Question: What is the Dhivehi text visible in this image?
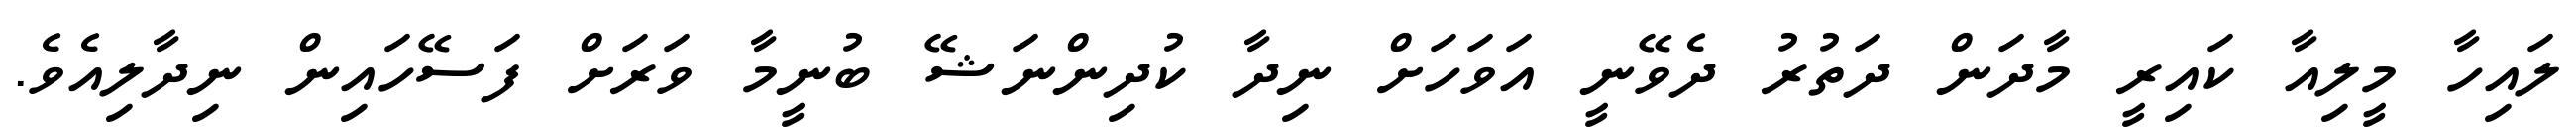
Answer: ލައިހާ މީލިއާ ކައިރީ މާދަން ދަތުރު ދެވޭނީ އަވަހަށް ނިދާ ކުދިންނަޝޭ ބުނީމާ ވަރަށް ފަސޭހައިން ނިދާލިއެވެ.